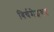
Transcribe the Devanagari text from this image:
बिर्चमेइयर